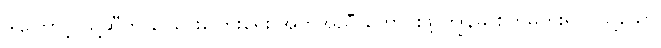
ဒါကြောင့် သူ့ဆီက ငွေရေးကြေးရေး အကူအညီ တောင်းဖို့ ကျွန်မ စိတ်မကူးရဲပါ။သို့သော်